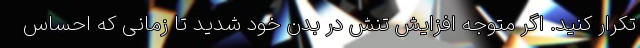
تکرار کنید. اگر متوجه افزایش تنش در بدن خود شدید تا زمانی که احساس